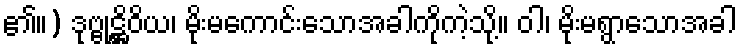
၏။) ဒုဗ္ဗုဋ္ဌိဝိယ၊ မိုးမကောင်းသောအခါကိုကဲ့သို့။ ဝါ၊ မိုးမရွာသောအခါ